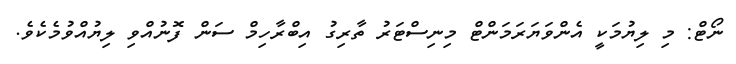
ނޯޓް: މި ލިޔުމަކީ އެންވަޔަރަމަންޓް މިނިސްޓަރު ތާރިގު އިބްރާހިމް ސަން ފޮނުއްވި ލިޔުއްވުމެކެވެ.